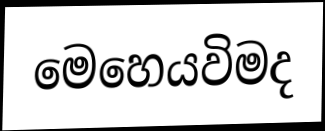
මෙහෙයවිමද